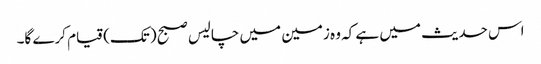
اس حدیث میں ہے کہ وہ زمین میں چالیس صبح (تک) قیام کرے گا۔